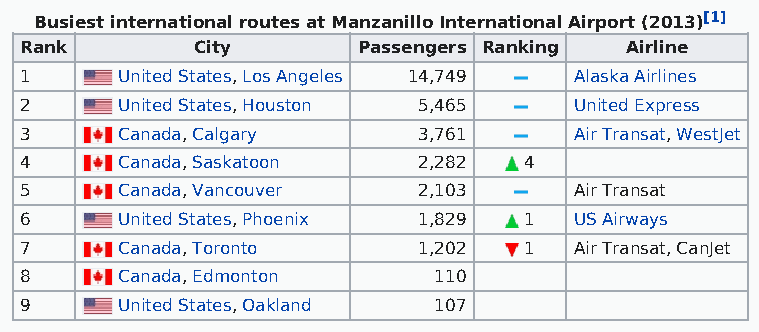
Busiest international routes at Manzanillo International Airport (2013)[1]
 Rank        City       Passengers Ranking Airline
 1      United States, Los Angeles 14,749 Alaska Airlines
 2      United States, Houston 5,465  United Express
 3      Canada, Calgary     3,761     Air Transat, WestJet
 4      Canada, Saskatoon   2,282  4
 5      Canada, Vancouver   2,103     Air Transat
 6      United States, Phoenix 1,829 1 US Airways
 7      Canada, Toronto     1,202  1  Air Transat, CanJet
 8      Canada, Edmonton     110
 9      United States, Oakland 107